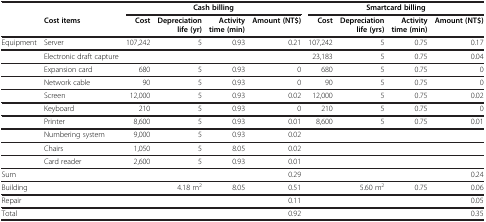
<table><thead><tr><td><b> </b></td><td><b> </b></td><td colspan="4"><b>Cash billing</b></td><td colspan="4"><b>Smartcard billing</b></td></tr><tr><td><b> </b></td><td><b>Cost items</b></td><td><b>Cost</b></td><td><b>Depreciation life (yr)</b></td><td><b>Activity time (min)</b></td><td><b>Amount (NT$)</b></td><td><b>Cost</b></td><td><b>Depreciation life (yrs)</b></td><td><b>Activity time (min)</b></td><td><b>Amount (NT$)</b></td></tr></thead><tbody><tr><td>Equipment</td><td>Server</td><td>107,242</td><td>5</td><td>0.93</td><td>0.21</td><td>107,242</td><td>5</td><td>0.75</td><td>0.17</td></tr><tr><td> </td><td>Electronic draft capture</td><td> </td><td> </td><td> </td><td> </td><td>23,183</td><td>5</td><td>0.75</td><td>0.04</td></tr><tr><td> </td><td>Expansion card</td><td>680</td><td>5</td><td>0.93</td><td>0</td><td>680</td><td>5</td><td>0.75</td><td>0</td></tr><tr><td> </td><td>Network cable</td><td>90</td><td>5</td><td>0.93</td><td>0</td><td>90</td><td>5</td><td>0.75</td><td>0</td></tr><tr><td> </td><td>Screen</td><td>12,000</td><td>5</td><td>0.93</td><td>0.02</td><td>12,000</td><td>5</td><td>0.75</td><td>0.02</td></tr><tr><td> </td><td>Keyboard</td><td>210</td><td>5</td><td>0.93</td><td>0</td><td>210</td><td>5</td><td>0.75</td><td>0</td></tr><tr><td> </td><td>Printer</td><td>8,600</td><td>5</td><td>0.93</td><td>0.01</td><td>8,600</td><td>5</td><td>0.75</td><td>0.01</td></tr><tr><td> </td><td>Numbering system</td><td>9,000</td><td>5</td><td>0.93</td><td>0.02</td><td> </td><td> </td><td> </td><td> </td></tr><tr><td> </td><td>Chairs</td><td>1,050</td><td>5</td><td>8.05</td><td>0.02</td><td> </td><td> </td><td> </td><td> </td></tr><tr><td> </td><td>Card reader</td><td>2,600</td><td>5</td><td>0.93</td><td>0.01</td><td> </td><td> </td><td> </td><td> </td></tr><tr><td>Sum</td><td> </td><td> </td><td> </td><td> </td><td>0.29</td><td> </td><td> </td><td> </td><td>0.24</td></tr><tr><td>Building</td><td> </td><td> </td><td>4.18 m<sup>2</sup></td><td>8.05</td><td>0.51</td><td> </td><td>5.60 m<sup>2</sup></td><td>0.75</td><td>0.06</td></tr><tr><td>Repair</td><td> </td><td> </td><td> </td><td> </td><td>0.11</td><td> </td><td> </td><td> </td><td>0.05</td></tr><tr><td>Total</td><td> </td><td> </td><td> </td><td> </td><td>0.92</td><td> </td><td> </td><td> </td><td>0.35</td></tr></tbody></table>